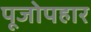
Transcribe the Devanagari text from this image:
पूजोपहार